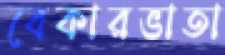
বেকারভাতা